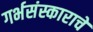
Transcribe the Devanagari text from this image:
गर्भसंस्काराचे